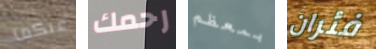
عنكما رحمك بمعظم فئران